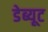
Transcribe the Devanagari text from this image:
डेब्यूट